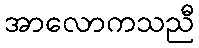
အာလောကသညီ